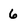
Character: 6